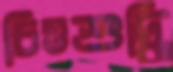
চিত্তশুদ্ধি